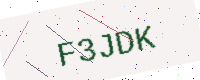
Text: F3JDK